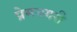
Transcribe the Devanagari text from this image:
प्रेमनगरी